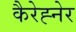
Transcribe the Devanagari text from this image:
कैरेह्नेर